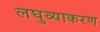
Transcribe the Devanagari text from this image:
लघुव्याकरण